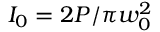
I _ { 0 } = 2 P / \pi w _ { 0 } ^ { 2 }